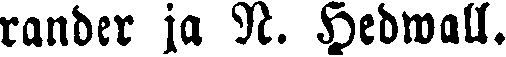
ränder ja N. Hedwall.